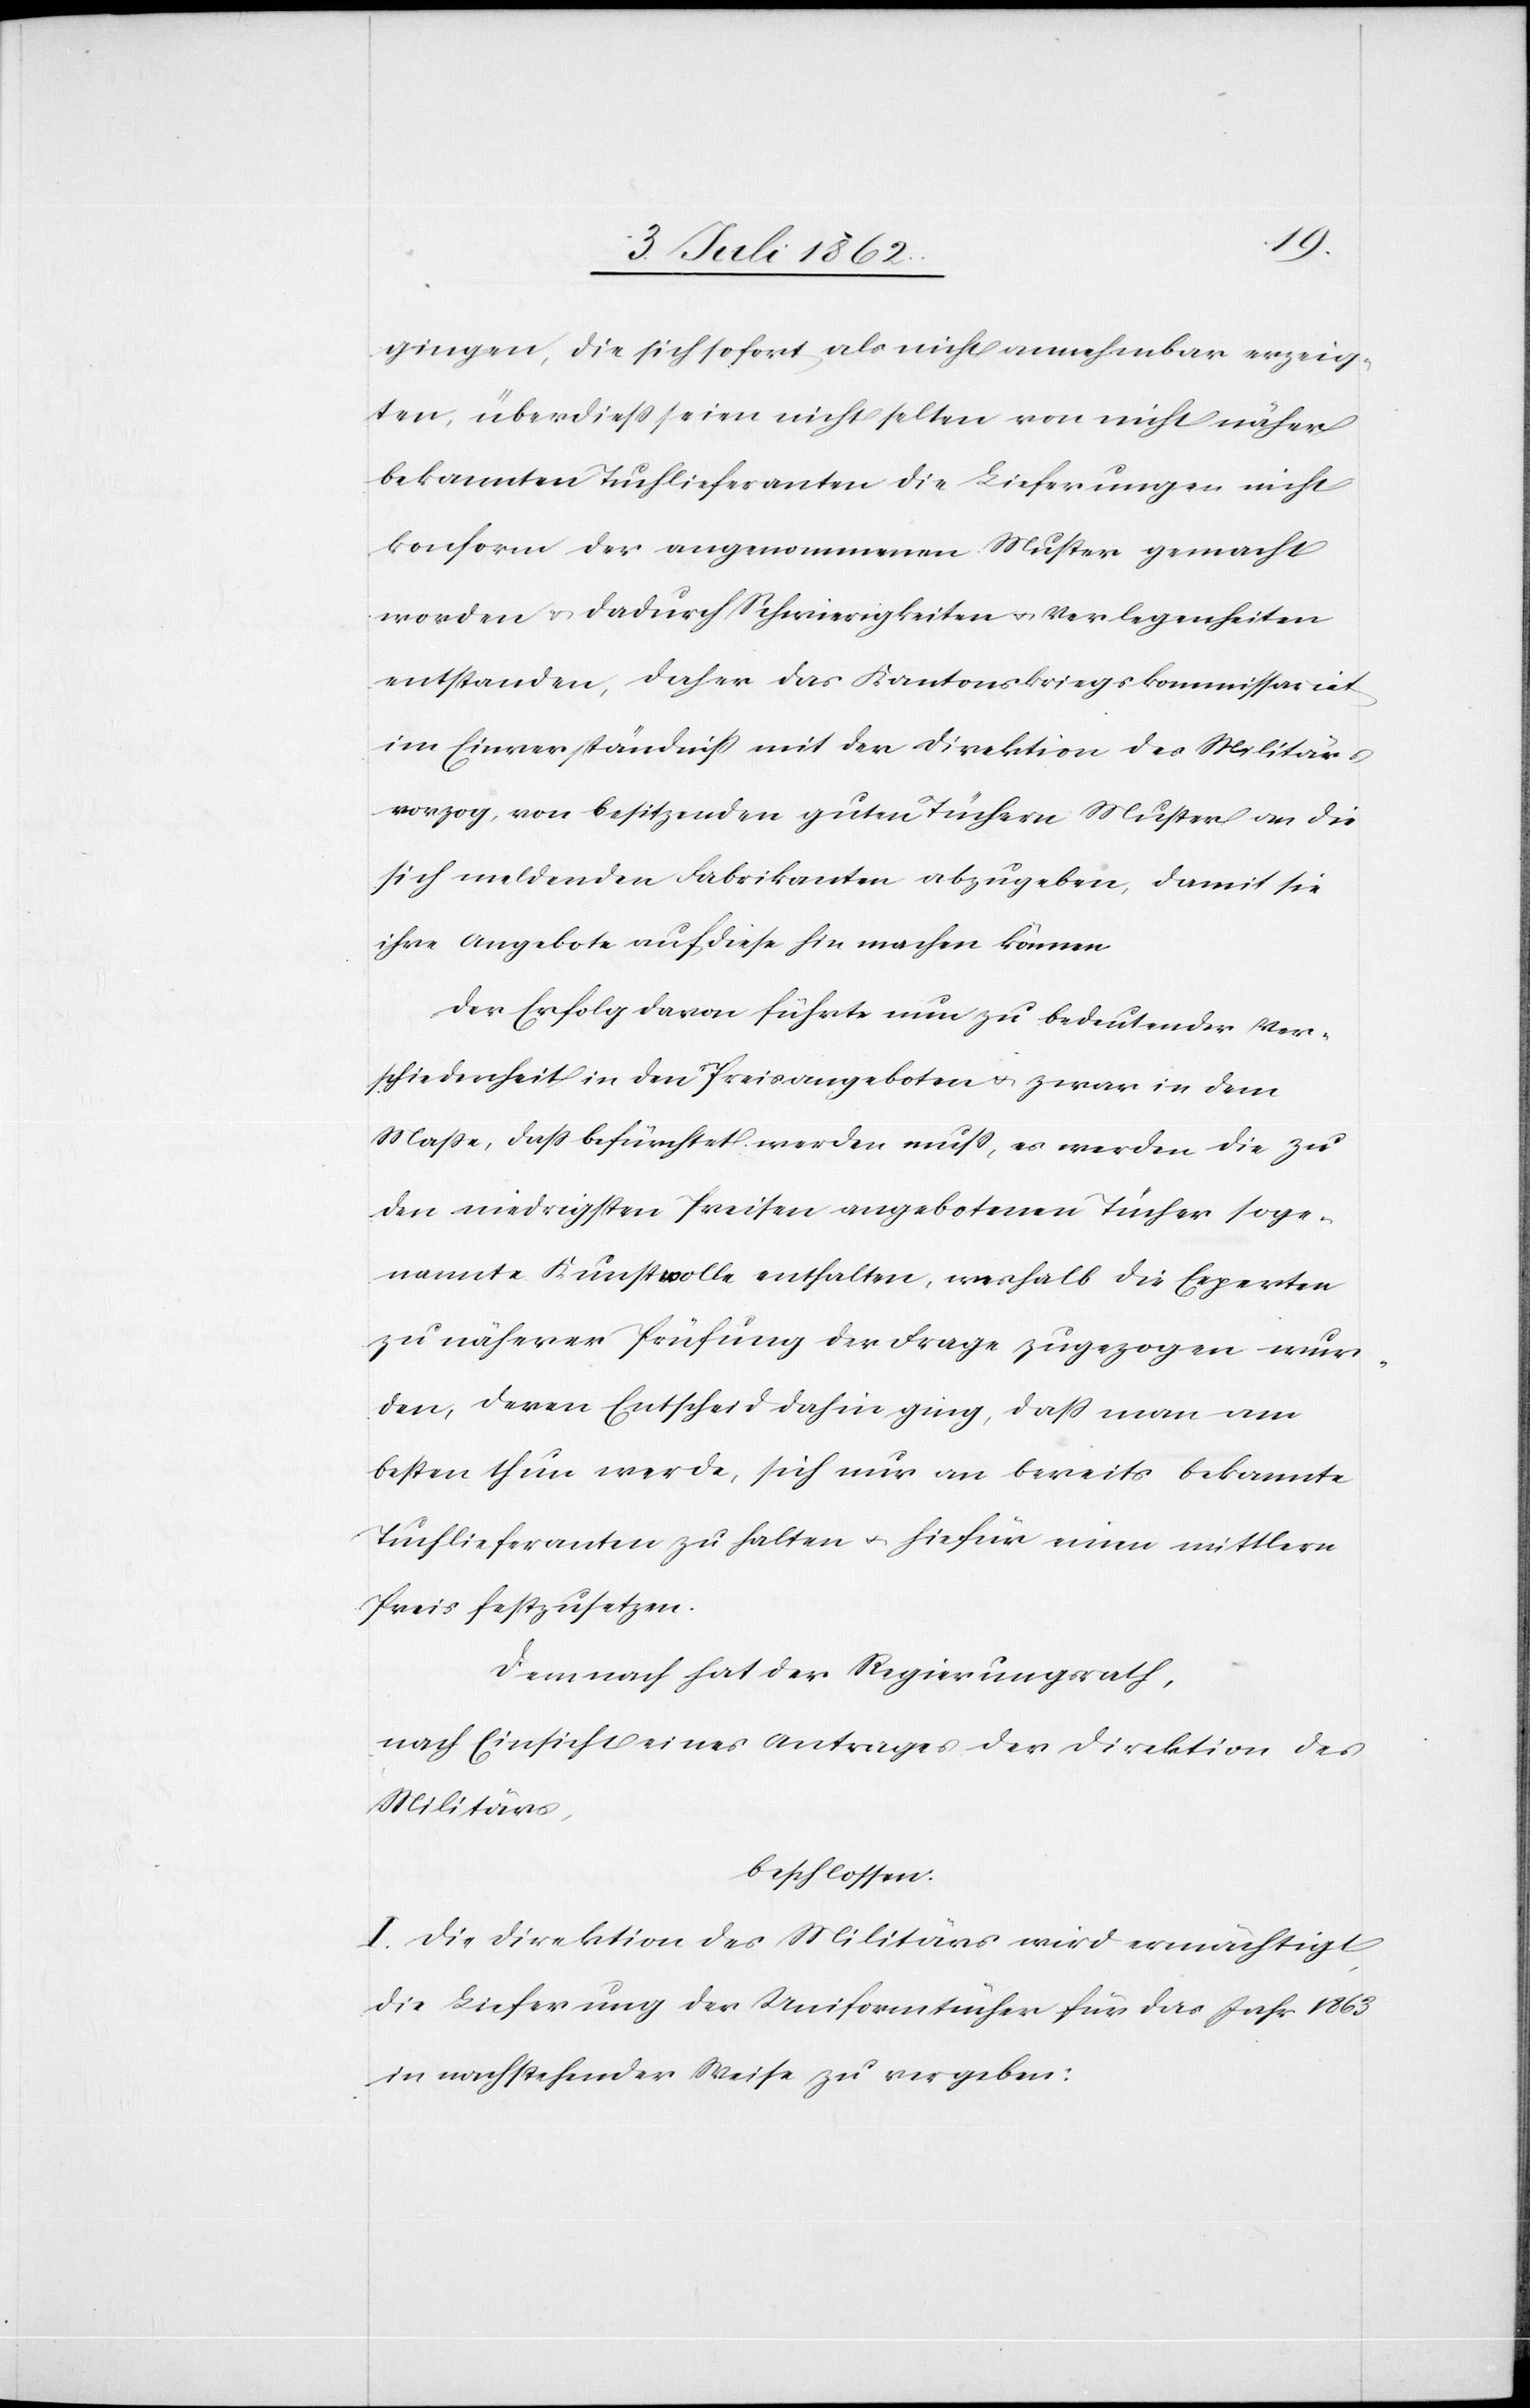
gingen, die sich sofort als nicht annehmbar erzeig¬
ten, überdieß seien nicht selten von nicht näher
bekannten Tuchlieferanten die Lieferungen nicht
konform der angenommenen Muster gemacht
worden u. dadurch Schwierigkeiten u. Verlegenheiten
entstanden, daher das Kantonskriegskommissariat
im Einverständniß mit der Direktion des Militärs
vorzog, von besitzenden guten Tüchern Muster an die
sich meldenden Fabrikanten abzugeben, damit sie
ihre Angebote auf diese hin machen können.
Der Erfolg davon führte nun zu bedeutender Ver¬
schiedenheit in den Preisangeboten u. zwar in dem
Maße, daß befürchtet werden muß, es werden die zu
den niedrigsten Preisen angebotenen Tücher soge¬
nannte Kunstwolle enthalten, weshalb die Experten
zu näherer Prüfung der Frage zugezogen wur¬
den, deren Entscheid dahin ging, daß man am
besten thun werde, sich nur an bereits bekannte
Tuchlieferanten zu halten u. hiefür einen mittlern
Preis festzusetzen.
Demnach hat der Regierungsrath,
nach Einsicht eines Antrages der Direktion des
Militärs,
beschlossen:
I. Die Direktion des Militärs wird ermächtigt
die Lieferung der Uniformtücher für das Jahr 1863
in nachstehender Weise zu vergeben: